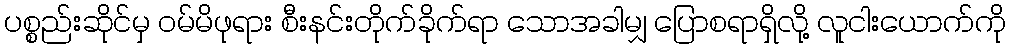
ပစ္စည်းဆိုင်မှ ဝမ်မိဖုရား စီးနင်းတိုက်ခိုက်ရာ သောအခါမျှ ပြောစရာရှိလို့ လူငါးယောက်ကို